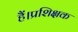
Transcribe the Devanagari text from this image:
हैं।प्रशिक्षक